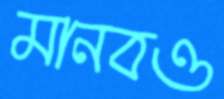
মানবও